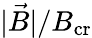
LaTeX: |\vec{B}|/B_{\mathrm{cr}}